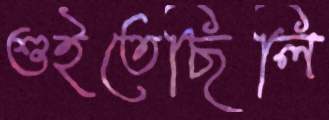
শুইতেছিলি